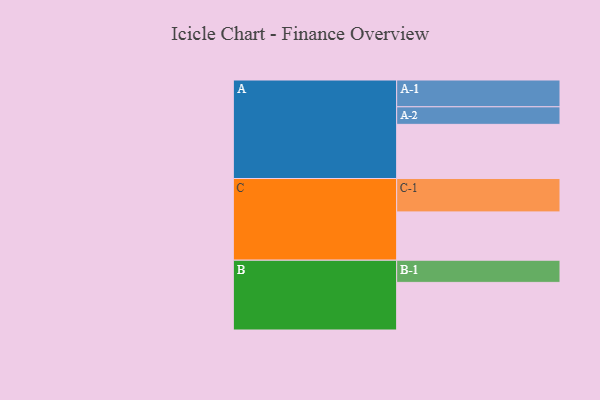
{"axis": {"x": "Segment", "y": "Value"}, "legend": ["", "A", "B", "C"], "data": [{"x": "A", "y": 479, "type": ""}, {"x": "B", "y": 421, "type": ""}, {"x": "C", "y": 427, "type": ""}, {"x": "A-1", "y": 237, "type": "A"}, {"x": "A-2", "y": 155, "type": "A"}, {"x": "B-1", "y": 196, "type": "B"}, {"x": "C-1", "y": 295, "type": "C"}]}